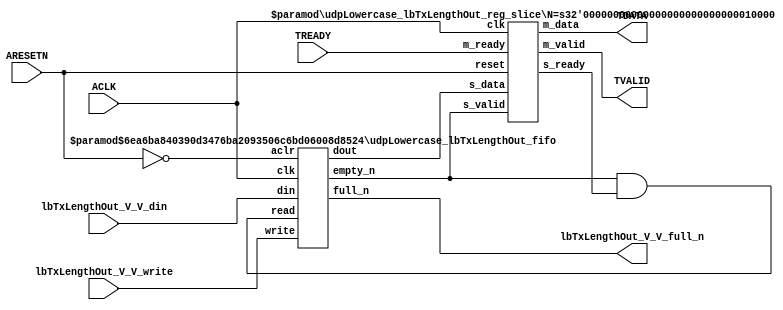
// This program was cloned from: https://github.com/mustafabbas/ECE1373_2016_hft_on_fpga
// License: MIT License

// ==============================================================
// File generated by Vivado(TM) HLS - High-Level Synthesis from C, C++ and SystemC
// Version: 2016.3
// Copyright (C) 1986-2016 Xilinx, Inc. All Rights Reserved.
// 
// ==============================================================


`timescale 1ns/1ps

module udpLowercase_lbTxLengthOut_if (
    // AXI4-Stream singals
    input  wire        ACLK,
    input  wire        ARESETN,
    output wire        TVALID,
    input  wire        TREADY,
    output wire [15:0] TDATA,
    // User signals
    input  wire [15:0] lbTxLengthOut_V_V_din,
    output wire        lbTxLengthOut_V_V_full_n,
    input  wire        lbTxLengthOut_V_V_write
);
//------------------------Local signal-------------------
// FIFO
wire [0:0]  fifo_read;
wire [0:0]  fifo_empty_n;
wire [15:0] lbTxLengthOut_V_V_dout;
wire [0:0]  lbTxLengthOut_V_V_empty_n;
// register slice
wire [0:0]  s_valid;
wire [0:0]  s_ready;
wire [15:0] s_data;
wire [0:0]  m_valid;
wire [0:0]  m_ready;
wire [15:0] m_data;

//------------------------Instantiation------------------
// rs
udpLowercase_lbTxLengthOut_reg_slice #(
    .N       ( 16 )
) rs (
    .clk     ( ACLK ),
    .reset   ( ARESETN ),
    .s_data  ( s_data ),
    .s_valid ( s_valid ),
    .s_ready ( s_ready ),
    .m_data  ( m_data ),
    .m_valid ( m_valid ),
    .m_ready ( m_ready )
);

// lbTxLengthOut_V_V_fifo
udpLowercase_lbTxLengthOut_fifo #(
    .DATA_BITS  ( 16 ),
    .DEPTH_BITS ( 4 )
) lbTxLengthOut_V_V_fifo (
    .clk        ( ACLK ),
    .aclr       ( ~ARESETN ),
    .empty_n    ( lbTxLengthOut_V_V_empty_n ),
    .full_n     ( lbTxLengthOut_V_V_full_n ),
    .read       ( fifo_read ),
    .write      ( lbTxLengthOut_V_V_write ),
    .dout       ( lbTxLengthOut_V_V_dout ),
    .din        ( lbTxLengthOut_V_V_din )
);

//------------------------Body---------------------------
//++++++++++++++++++++++++AXI4-Stream++++++++++++++++++++
assign TVALID = m_valid;
assign TDATA  = m_data[15:0];

//+++++++++++++++++++++++++++++++++++++++++++++++++++++++

//++++++++++++++++++++++++Reigister Slice++++++++++++++++
assign s_valid = fifo_empty_n;
assign m_ready = TREADY;
assign s_data  = {lbTxLengthOut_V_V_dout};

//+++++++++++++++++++++++++++++++++++++++++++++++++++++++

//++++++++++++++++++++++++FIFO+++++++++++++++++++++++++++
assign fifo_read    = fifo_empty_n & s_ready;
assign fifo_empty_n = lbTxLengthOut_V_V_empty_n;

//+++++++++++++++++++++++++++++++++++++++++++++++++++++++

endmodule



`timescale 1ns/1ps

module udpLowercase_lbTxLengthOut_fifo
#(parameter
    DATA_BITS  = 8,
    DEPTH_BITS = 4
)(
    input  wire                 clk,
    input  wire                 aclr,
    output wire                 empty_n,
    output wire                 full_n,
    input  wire                 read,
    input  wire                 write,
    output wire [DATA_BITS-1:0] dout,
    input  wire [DATA_BITS-1:0] din
);
//------------------------Parameter----------------------
localparam
    DEPTH = 1 << DEPTH_BITS;
//------------------------Local signal-------------------
reg                   empty;
reg                   full;
reg  [DEPTH_BITS-1:0] index;
reg  [DATA_BITS-1:0]  mem[0:DEPTH-1];
//------------------------Body---------------------------
assign empty_n = ~empty;
assign full_n  = ~full;
assign dout    = mem[index];

// empty
always @(posedge clk or posedge aclr) begin
    if (aclr)
        empty <= 1'b1;
    else if (empty & write & ~read)
        empty <= 1'b0;
    else if (~empty & ~write & read & (index==1'b0))
        empty <= 1'b1;
end

// full
always @(posedge clk or posedge aclr) begin
    if (aclr)
        full <= 1'b0;
    else if (full & read & ~write)
        full <= 1'b0;
    else if (~full & ~read & write & (index==DEPTH-2'd2))
        full <= 1'b1;
end

// index
always @(posedge clk or posedge aclr) begin
    if (aclr)
        index <= {DEPTH_BITS{1'b1}};
    else if (~empty & ~write & read)
        index <= index - 1'b1;
    else if (~full & ~read & write)
        index <= index + 1'b1;
end

// mem
always @(posedge clk) begin
    if (~full & write) mem[0] <= din;
end

genvar i;
generate
    for (i = 1; i < DEPTH; i = i + 1) begin : gen_sr
        always @(posedge clk) begin
            if (~full & write) mem[i] <= mem[i-1];
        end
    end
endgenerate

endmodule

`timescale 1ns/1ps

module udpLowercase_lbTxLengthOut_reg_slice
#(parameter
    N = 8   // data width
) (
    // system signals
    input  wire         clk,
    input  wire         reset,
    // slave side
    input  wire [N-1:0] s_data,
    input  wire         s_valid,
    output wire         s_ready,
    // master side
    output wire [N-1:0] m_data,
    output wire         m_valid,
    input  wire         m_ready
);
//------------------------Parameter----------------------
// state
localparam [1:0]
    ZERO = 2'b10,
    ONE  = 2'b11,
    TWO  = 2'b01;
//------------------------Local signal-------------------
reg  [N-1:0] data_p1;
reg  [N-1:0] data_p2;
wire         load_p1;
wire         load_p2;
wire         load_p1_from_p2;
reg          s_ready_t;
reg  [1:0]   state;
reg  [1:0]   next;
//------------------------Body---------------------------
assign s_ready = s_ready_t;
assign m_data  = data_p1;
assign m_valid = state[0];

assign load_p1 = (state == ZERO && s_valid) ||
                 (state == ONE && s_valid && m_ready) ||
                 (state == TWO && m_ready);
assign load_p2 = s_valid & s_ready;
assign load_p1_from_p2 = (state == TWO);

// data_p1
always @(posedge clk) begin
    if (load_p1) begin
        if (load_p1_from_p2)
            data_p1 <= data_p2;
        else
            data_p1 <= s_data;
    end
end

// data_p2
always @(posedge clk) begin
    if (load_p2) data_p2 <= s_data;
end

// s_ready_t
always @(posedge clk) begin
    if (~reset)
        s_ready_t <= 1'b0;
    else if (state == ZERO)
        s_ready_t <= 1'b1;
    else if (state == ONE && next == TWO)
        s_ready_t <= 1'b0;
    else if (state == TWO && next == ONE)
        s_ready_t <= 1'b1;
end

// state
always @(posedge clk) begin
    if (~reset)
        state <= ZERO;
    else
        state <= next;
end

// next
always @(*) begin
    case (state)
        ZERO:
            if (s_valid & s_ready)
                next = ONE;
            else
                next = ZERO;
        ONE:
            if (~s_valid & m_ready)
                next = ZERO;
            else if (s_valid & ~m_ready)
                next = TWO;
            else
                next = ONE;
        TWO:
            if (m_ready)
                next = ONE;
            else
                next = TWO;
        default:
            next = ZERO;
    endcase
end

endmodule